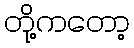
တို့ကတော့